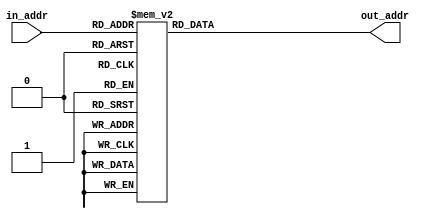
`timescale 1ns / 1ps
//////////////////////////////////////////////////////////////////////////////////
// Company: 
// Engineer: 
// 
// Design Name: 
// Module Name: bitrev_map
// Project Name: 
// Target Devices: 
// Tool Versions: 
// Description: 
// 
// Dependencies: 
// 
// Revision:
// Revision 0.01 - File Created
// Additional Comments:
// 
//////////////////////////////////////////////////////////////////////////////////


module bitrev_map(
    input [8:0] in_addr,
    output reg [8:0] out_addr
    );
    
    always @(*) begin
    case(in_addr)
       0: out_addr = 9'd0;
       1: out_addr = 9'd256;
       2: out_addr = 9'd128;
       3: out_addr = 9'd384;
       4: out_addr = 9'd64;
       5: out_addr = 9'd320;
       6: out_addr = 9'd192;
       7: out_addr = 9'd448;
       8: out_addr = 9'd32;
       9: out_addr = 9'd288;
       10: out_addr = 9'd160;
       11: out_addr = 9'd416;
       12: out_addr = 9'd96;
       13: out_addr = 9'd352;
       14: out_addr = 9'd224;
       15: out_addr = 9'd480;
       16: out_addr = 9'd16;
       17: out_addr = 9'd272;
       18: out_addr = 9'd144;
       19: out_addr = 9'd400;
       20: out_addr = 9'd80;
       21: out_addr = 9'd336;
       22: out_addr = 9'd208;
       23: out_addr = 9'd464;
       24: out_addr = 9'd48;
       25: out_addr = 9'd304;
       26: out_addr = 9'd176;
       27: out_addr = 9'd432;
       28: out_addr = 9'd112;
       29: out_addr = 9'd368;
       30: out_addr = 9'd240;
       31: out_addr = 9'd496;
       33: out_addr = 9'd264;
       34: out_addr = 9'd136;
       35: out_addr = 9'd392;
       36: out_addr = 9'd72;
       37: out_addr = 9'd328;
       38: out_addr = 9'd200;
       39: out_addr = 9'd456;
       40: out_addr = 9'd40;
       41: out_addr = 9'd296;
       42: out_addr = 9'd168;
       43: out_addr = 9'd424;
       44: out_addr = 9'd104;
       45: out_addr = 9'd360;
       46: out_addr = 9'd232;
       47: out_addr = 9'd488;
       49: out_addr = 9'd280;
       50: out_addr = 9'd152;
       51: out_addr = 9'd408;
       52: out_addr = 9'd88;
       53: out_addr = 9'd344;
       54: out_addr = 9'd216;
       55: out_addr = 9'd472;
       56: out_addr = 9'd56;
       57: out_addr = 9'd312;
       58: out_addr = 9'd184;
       59: out_addr = 9'd440;
       60: out_addr = 9'd120;
       61: out_addr = 9'd376;
       62: out_addr = 9'd248;
       63: out_addr = 9'd504;
       65: out_addr = 9'd260;
       66: out_addr = 9'd132;
       67: out_addr = 9'd388;
       68: out_addr = 9'd68;
       69: out_addr = 9'd324;
       70: out_addr = 9'd196;
       71: out_addr = 9'd452;
       73: out_addr = 9'd292;
       74: out_addr = 9'd164;
       75: out_addr = 9'd420;
       76: out_addr = 9'd100;
       77: out_addr = 9'd356;
       78: out_addr = 9'd228;
       79: out_addr = 9'd484;
       81: out_addr = 9'd276;
       82: out_addr = 9'd148;
       83: out_addr = 9'd404;
       84: out_addr = 9'd84;
       85: out_addr = 9'd340;
       86: out_addr = 9'd212;
       87: out_addr = 9'd468;
       89: out_addr = 9'd308;
       90: out_addr = 9'd180;
       91: out_addr = 9'd436;
       92: out_addr = 9'd116;
       93: out_addr = 9'd372;
       94: out_addr = 9'd244;
       95: out_addr = 9'd500;
       97: out_addr = 9'd268;
       98: out_addr = 9'd140;
       99: out_addr = 9'd396;
       101: out_addr = 9'd332;
       102: out_addr = 9'd204;
       103: out_addr = 9'd460;
       105: out_addr = 9'd300;
       106: out_addr = 9'd172;
       107: out_addr = 9'd428;
       108: out_addr = 9'd108;
       109: out_addr = 9'd364;
       110: out_addr = 9'd236;
       111: out_addr = 9'd492;
       113: out_addr = 9'd284;
       114: out_addr = 9'd156;
       115: out_addr = 9'd412;
       117: out_addr = 9'd348;
       118: out_addr = 9'd220;
       119: out_addr = 9'd476;
       121: out_addr = 9'd316;
       122: out_addr = 9'd188;
       123: out_addr = 9'd444;
       124: out_addr = 9'd124;
       125: out_addr = 9'd380;
       126: out_addr = 9'd252;
       127: out_addr = 9'd508;
       129: out_addr = 9'd258;
       130: out_addr = 9'd130;
       131: out_addr = 9'd386;
       133: out_addr = 9'd322;
       134: out_addr = 9'd194;
       135: out_addr = 9'd450;
       137: out_addr = 9'd290;
       138: out_addr = 9'd162;
       139: out_addr = 9'd418;
       141: out_addr = 9'd354;
       142: out_addr = 9'd226;
       143: out_addr = 9'd482;
       145: out_addr = 9'd274;
       146: out_addr = 9'd146;
       147: out_addr = 9'd402;
       149: out_addr = 9'd338;
       150: out_addr = 9'd210;
       151: out_addr = 9'd466;
       153: out_addr = 9'd306;
       154: out_addr = 9'd178;
       155: out_addr = 9'd434;
       157: out_addr = 9'd370;
       158: out_addr = 9'd242;
       159: out_addr = 9'd498;
       161: out_addr = 9'd266;
       163: out_addr = 9'd394;
       165: out_addr = 9'd330;
       166: out_addr = 9'd202;
       167: out_addr = 9'd458;
       169: out_addr = 9'd298;
       170: out_addr = 9'd170;
       171: out_addr = 9'd426;
       173: out_addr = 9'd362;
       174: out_addr = 9'd234;
       175: out_addr = 9'd490;
       177: out_addr = 9'd282;
       179: out_addr = 9'd410;
       181: out_addr = 9'd346;
       182: out_addr = 9'd218;
       183: out_addr = 9'd474;
       185: out_addr = 9'd314;
       186: out_addr = 9'd186;
       187: out_addr = 9'd442;
       189: out_addr = 9'd378;
       190: out_addr = 9'd250;
       191: out_addr = 9'd506;
       193: out_addr = 9'd262;
       195: out_addr = 9'd390;
       197: out_addr = 9'd326;
       198: out_addr = 9'd198;
       199: out_addr = 9'd454;
       201: out_addr = 9'd294;
       203: out_addr = 9'd422;
       205: out_addr = 9'd358;
       206: out_addr = 9'd230;
       207: out_addr = 9'd486;
       209: out_addr = 9'd278;
       211: out_addr = 9'd406;
       213: out_addr = 9'd342;
       214: out_addr = 9'd214;
       215: out_addr = 9'd470;
       217: out_addr = 9'd310;
       219: out_addr = 9'd438;
       221: out_addr = 9'd374;
       222: out_addr = 9'd246;
       223: out_addr = 9'd502;
       225: out_addr = 9'd270;
       227: out_addr = 9'd398;
       229: out_addr = 9'd334;
       231: out_addr = 9'd462;
       233: out_addr = 9'd302;
       235: out_addr = 9'd430;
       237: out_addr = 9'd366;
       238: out_addr = 9'd238;
       239: out_addr = 9'd494;
       241: out_addr = 9'd286;
       243: out_addr = 9'd414;
       245: out_addr = 9'd350;
       247: out_addr = 9'd478;
       249: out_addr = 9'd318;
       251: out_addr = 9'd446;
       253: out_addr = 9'd382;
       254: out_addr = 9'd254;
       255: out_addr = 9'd510;
       257: out_addr = 9'd257;
       259: out_addr = 9'd385;
       261: out_addr = 9'd321;
       263: out_addr = 9'd449;
       265: out_addr = 9'd289;
       267: out_addr = 9'd417;
       269: out_addr = 9'd353;
       271: out_addr = 9'd481;
       273: out_addr = 9'd273;
       275: out_addr = 9'd401;
       277: out_addr = 9'd337;
       279: out_addr = 9'd465;
       281: out_addr = 9'd305;
       283: out_addr = 9'd433;
       285: out_addr = 9'd369;
       287: out_addr = 9'd497;
       291: out_addr = 9'd393;
       293: out_addr = 9'd329;
       295: out_addr = 9'd457;
       297: out_addr = 9'd297;
       299: out_addr = 9'd425;
       301: out_addr = 9'd361;
       303: out_addr = 9'd489;
       307: out_addr = 9'd409;
       309: out_addr = 9'd345;
       311: out_addr = 9'd473;
       313: out_addr = 9'd313;
       315: out_addr = 9'd441;
       317: out_addr = 9'd377;
       319: out_addr = 9'd505;
       323: out_addr = 9'd389;
       325: out_addr = 9'd325;
       327: out_addr = 9'd453;
       331: out_addr = 9'd421;
       333: out_addr = 9'd357;
       335: out_addr = 9'd485;
       339: out_addr = 9'd405;
       341: out_addr = 9'd341;
       343: out_addr = 9'd469;
       347: out_addr = 9'd437;
       349: out_addr = 9'd373;
       351: out_addr = 9'd501;
       355: out_addr = 9'd397;
       359: out_addr = 9'd461;
       363: out_addr = 9'd429;
       365: out_addr = 9'd365;
       367: out_addr = 9'd493;
       371: out_addr = 9'd413;
       375: out_addr = 9'd477;
       379: out_addr = 9'd445;
       381: out_addr = 9'd381;
       383: out_addr = 9'd509;
       387: out_addr = 9'd387;
       391: out_addr = 9'd451;
       395: out_addr = 9'd419;
       399: out_addr = 9'd483;
       403: out_addr = 9'd403;
       407: out_addr = 9'd467;
       411: out_addr = 9'd435;
       415: out_addr = 9'd499;
       423: out_addr = 9'd459;
       427: out_addr = 9'd427;
       431: out_addr = 9'd491;
       439: out_addr = 9'd475;
       443: out_addr = 9'd443;
       447: out_addr = 9'd507;
       455: out_addr = 9'd455;
       463: out_addr = 9'd487;
       471: out_addr = 9'd471;
       479: out_addr = 9'd503;
       495: out_addr = 9'd495;
       511: out_addr = 9'd511;
       default: out_addr = 9'd0;
    endcase;
    end
endmodule